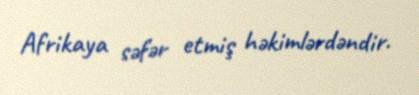
Afrikaya səfər etmiş həkimlərdəndir.